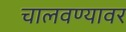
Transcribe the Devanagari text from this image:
चालवण्यावर